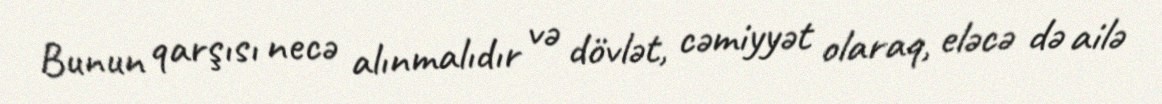
Bunun qarşısı necə alınmalıdır və dövlət, cəmiyyət olaraq, eləcə də ailə